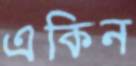
একিন